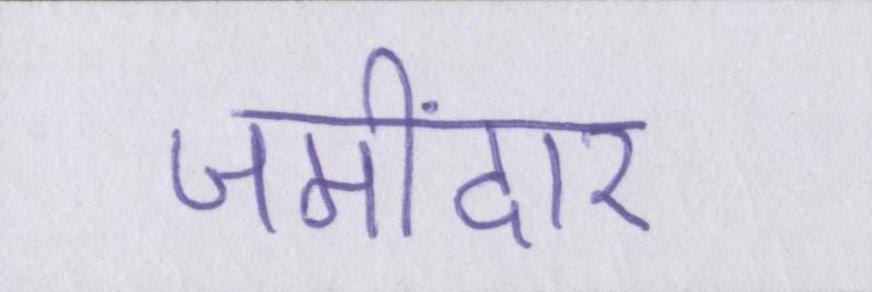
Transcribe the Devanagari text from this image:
जमींदार